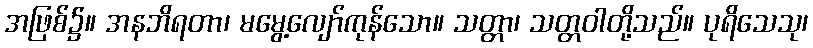
အဖြစ်၌။ အနဘိရတာ၊ မမွေ့လျော်ကုန်သော။ သတ္တာ၊ သတ္တဝါတို့သည်။ ပုရိသေသု၊